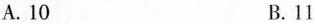
A.10 B.11